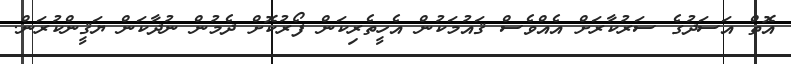
އޮތް އަސަދުގެ ސަރުކާރަށް އެއްވެސް ޤައުމަކުން އެހީތެރިކަން ފޯރުކޮށް ދެމުން ނުދާކަން ޔަޤީންކުރަން.